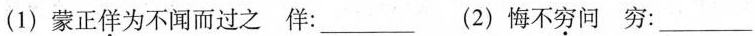
(1)蒙正\underset{·}{佯}为不闻而过之 佯：___(2)悔不\underset{·}{穷}问穷：___